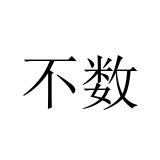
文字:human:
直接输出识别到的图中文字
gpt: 不数